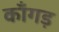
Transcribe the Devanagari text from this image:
काँगड़